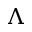
\Lambda